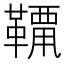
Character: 𩌶